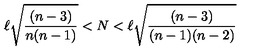
\ell \sqrt { \frac { ( n - 3 ) } { n ( n - 1 ) } } < N < \ell \sqrt { \frac { ( n - 3 ) } { ( n - 1 ) ( n - 2 ) } }